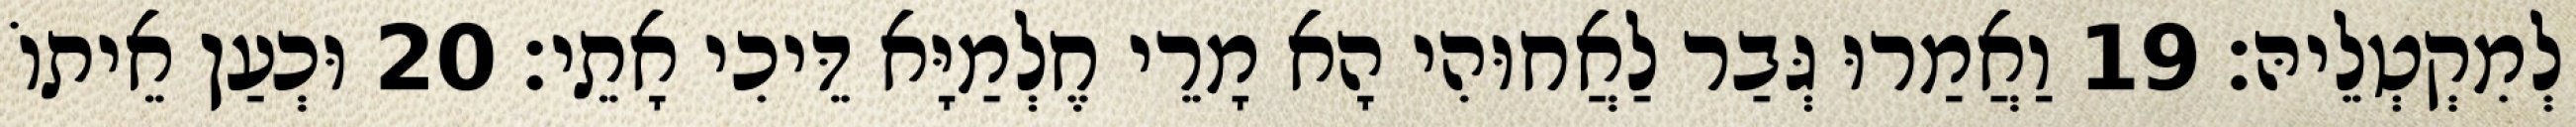
לְמִקְטְלֵיהּ׃ 19 וַאֲמַרוּ גְּבַר לַאֲחוּהִי הָא מָרֵי חֶלְמַיָּא דֵּיכִי אָתֵי׃ 20 וּכְעַן אֵיתוֹ